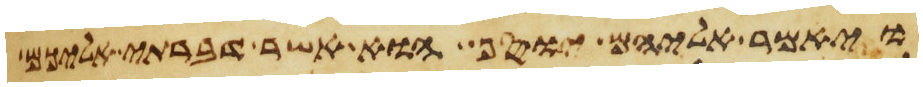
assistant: ויאמר אליהם יוסף הוא אשר דברתי אליכם